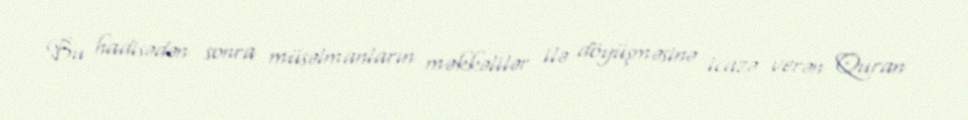
Bu hadisədən sonra müsəlmanların məkkəlilər ilə döyüşməsinə icazə verən Quran